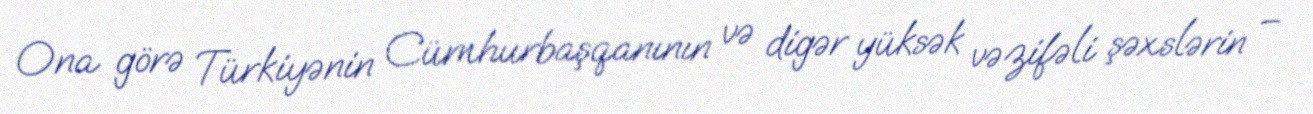
Ona görə Türkiyənin Cümhurbaşqanının və digər yüksək vəzifəli şəxslərin –